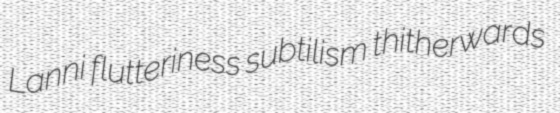
Lanni flutteriness subtilism thitherwards